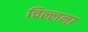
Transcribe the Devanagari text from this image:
चिल्लना